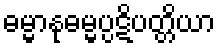
ဓမ္မာနုဓမ္မပ္ပဋိပတ္တိယာ